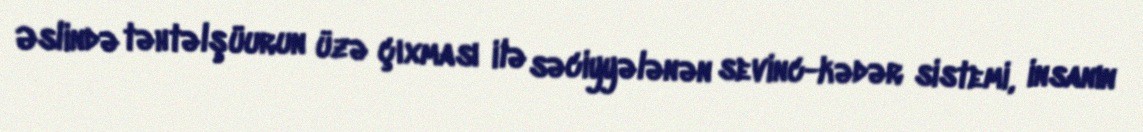
Əslində təhtəlşüurun üzə çıxması ilə səciyyələnən sevinc-kədər sistemi, insanın